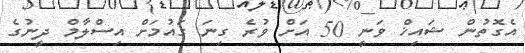
އެގޮތުން ޝައިޚް ވަނީ 50 އަށް ވުރެ ގިނަ ގައުމަށް އިސްލާމް ދީނުގެ